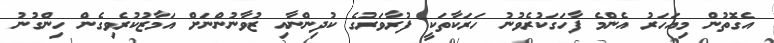
އެގޮތުން މިއަހަރު އެންމެ ފާހަގަކުރެވުނު ހަރަކާތަކީ ފުރާވަރުގެ ކުދިންނާއި ޒުވާނުންނަށް އަމާޒުކުރެވިގެން ހިންގުނު